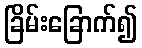
ခြိမ်းခြောက်၍